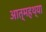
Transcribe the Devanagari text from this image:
आत्महथ्या